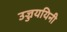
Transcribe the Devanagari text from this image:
उज्जययिनी